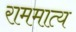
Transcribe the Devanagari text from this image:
राममात्य